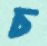
চ